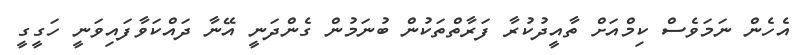
އެހެން ނަމަވެސް ކިމްއަށް ތާއީދުކުރާ ފަރާތްތަކުން ބުނަމުން ގެންދަނީ އޭނާ ދައްކަވާފައިވަނީ ހަގީގީ